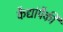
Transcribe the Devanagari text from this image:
कैद्यांपैकी